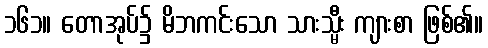
၁၆၁။ တောအုပ်၌ မိဘကင်းသော သားသ္မီး ကျားစာ ဖြစ်၏။